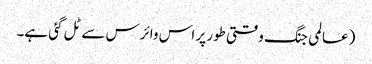
(عالمی جنگ وقتی طور پر اس وائرس سے ٹل گئی ہے۔